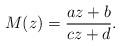
LaTeX: \begin{align*}M(z)=\frac{az+b}{cz+d}.\end{align*}